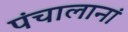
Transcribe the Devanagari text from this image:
पंचालानां